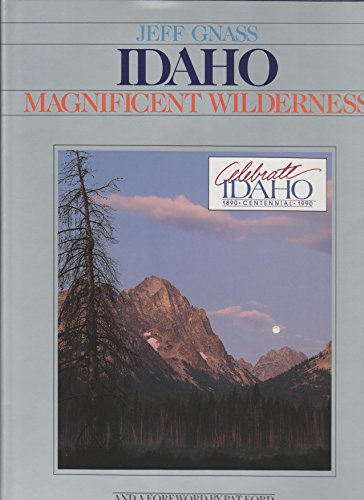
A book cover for Idaho: Magnificent Wilderness; Jeff Gnass; Travel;